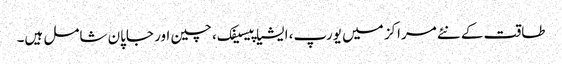
طاقت کے نئے مراکز میں یورپ، ایشیا پیسیفک، چین اور جاپان شامل ہیں۔